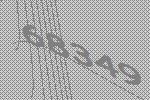
68349